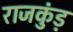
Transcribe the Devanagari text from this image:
राजकुंड़